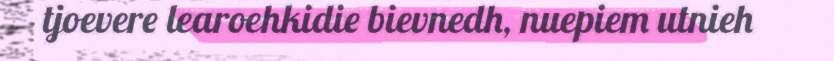
tjoevere learoehkidie bievnedh, nuepiem utnieh